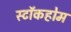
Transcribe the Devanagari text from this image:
स्टाॅकहोम